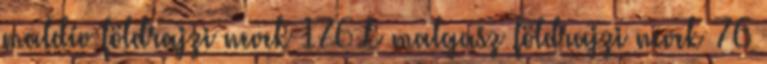
maldív földrajzi nevek‎ 176 L malgasz földrajzi nevek‎ 76